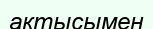
актысымен